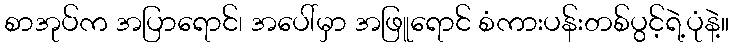
စာအုပ်က အပြာရောင်၊ အပေါ်မှာ အဖြူရောင် စံကားပန်းတစ်ပွင့်ရဲ့ပုံနဲ့။